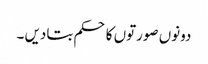
دونوں صورتوں کا حکم بتادیں ۔